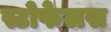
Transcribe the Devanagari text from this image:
स्टोफेलस